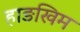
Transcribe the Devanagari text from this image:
हाङखिम